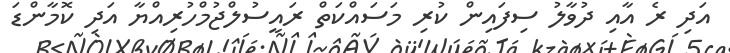
އަދި ރެ އާއި ދުވާލު ސިފައިން ކުރި މަސައްކަތް ރައީސުލްޖުމްހުރިއްޔާ އަދި ކޮމާންޑަ